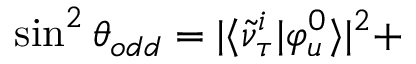
\sin ^ { 2 } { \theta _ { o d d } } = | \langle \tilde { \nu } _ { \tau } ^ { i } | \varphi _ { u } ^ { 0 } \rangle | ^ { 2 } +